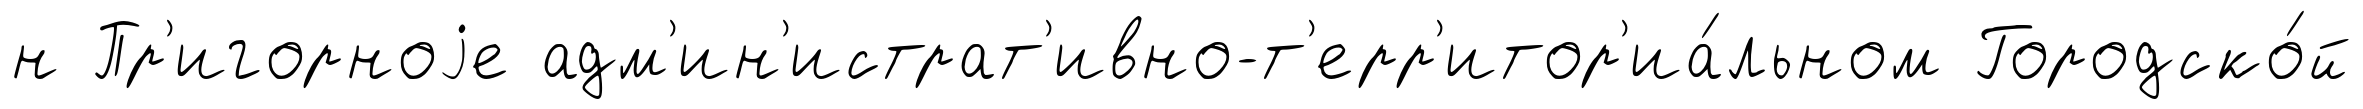
н Пр'игорноjе адм'ин'истрат'ивно-т'ерр'итор'иа́льном Городско́й